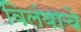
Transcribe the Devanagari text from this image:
विलंबाचे